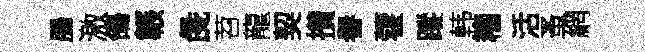
腸激鴿韔彘苕龍契攅譽藿蹤韩籕活蚤網